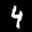
Label: 4